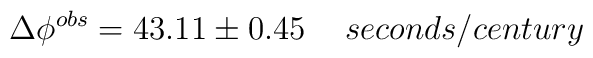
\Delta\phi^{obs}=43.11\pm 0.45 \hspace{0.5cm} seconds/century